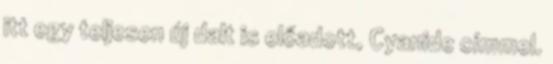
itt egy teljesen új dalt is előadott, Cyanide címmel.